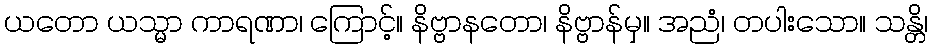
ယတော ယသ္မာ ကာရဏာ၊ ကြောင့်။ နိဗ္ဗာနတော၊ နိဗ္ဗာန်မှ။ အညံ၊ တပါးသော။ သန္တိ၊